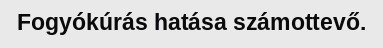
Fogyókúrás hatása számottevő.